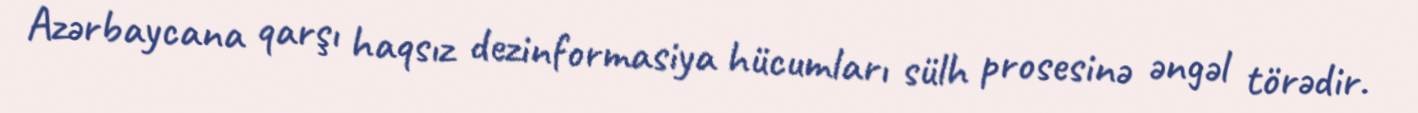
Azərbaycana qarşı haqsız dezinformasiya hücumları sülh prosesinə əngəl törədir.